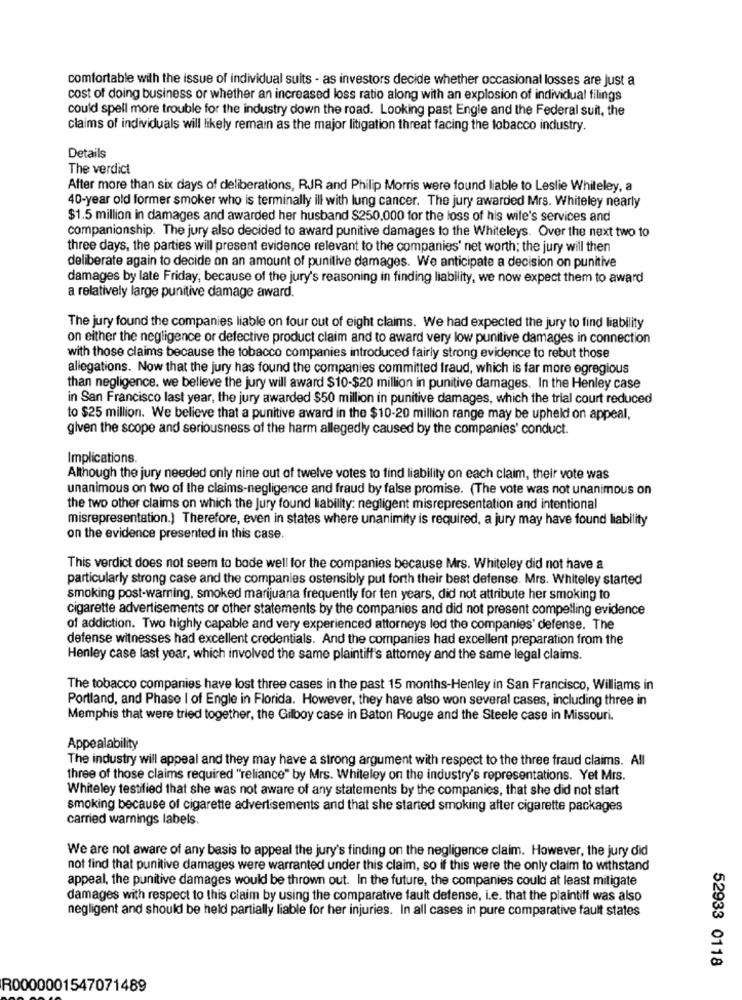
comfortable with the issue of individual suits - as investors decide whether occasional losses are just a
cost of doing business or whether an increased loss ratio along with an explosion of individual filings
could spell more trouble for the industry down the road. Looking past Engle and the Federal suit, the
claims of individuals will likely remain as the major litigation threat facing the tobacco industry.
Details
The verdict
After more than six days of deliberations, RJR and Philip Morris were found liable to Leslie Whiteley, a
40-year old former smoker who is terminally ill with lung cancer. The jury awarded Mrs. Whiteley nearly
$1.5 million in damages and awarded her husband $250.000 for the loss of his wife's services and
companionship. The jury also decided to award punitive damages to the Whiteleys. Over the next two to
three days, the parties will present evidence relevant to the companies' net worth; the jury will then
deliberate again to decide on an amount of punitive damages. We anticipate a decision on punitive
damages by late Friday; because of the jury's reasoning in finding liability, we now expect them to award
a relatively large punitive damage award.
The jury found the companies liable on four out of eight claims. We had expected the jury to find liability
on either the negligence or defective product claim and to award very low punitive damages in connection
with those claims because the tobacco companies introduced fairly strong evidence to rebut those
allegations. Now that the jury has found the companies committed fraud, which is far more egregious
than negligence, we believe the jury will award $10-$20 million in punitive damages. In the Henley case
in San Francisco last year, the jury awarded $50 million in punitive damages, which the trial court reduced
to $25 million. We believe that a punitive award in the $10-20 million range may be upheld on appeal,
given the scope and seriousness of the harm allegedly caused by the companies' conduct.
Implications.
Although the jury needed only nine out of twelve votes to find liability on each claim, their vote was
unanimous on two of the claims-negligence and fraud by false promise. (The vote was not unanimous on
the two other claims on which the Jury found liability: negligent misrepresentation and intentional
misrepresentation.) Therefore, even in states where unanimity is required, a jury may have found liability
on the evidence presented in this case.
This verdict does not seem to bode well for the companies because Mrs. Whiteley did not have a
particularly strong case and the companies ostensibly put forth their best defense. Mrs. Whiteley started
smoking post-warning, smoked marijuana frequently for ten years, did not attribute her smoking to
cigarette advertisements or other statements by the companies and did not present compelling evidence
of addiction. Two highly capable and very experienced attorneys led the companies' defense. The
defense witnesses had excellent credentials. And the companies had excellent preparation from the
Henley case last year, which involved the same plaintiff's attorney and the same legal claims.
The tobacco companies have lost three cases in the past 15 months-Henley in San Francisco, Williams in
Portland, and Phase I of Engle in Florida. However, they have also won several cases, including three in
Memphis that were tried together, the Gilboy case in Baton Rouge and the Steele case in Missouri.
Appealability
The industry will appeal and they may have a strong argument with respect to the three fraud claims. All
three of those claims required "reliance" by Mrs. Whiteley on the industry's representations. Yet Mrs.
Whiteley testified that she was not aware of any statements by the companies, that she did not start
smoking because of cigarette advertisements and that she started smoking after cigarette packages
carried warnings labels.
We are not aware of any basis to appeal the jury's finding on the negligence claim. However, the jury did
not find that punitive damages were warranted under this claim, so if this were the only claim to withstand
appeal, the punitive damages would be thrown out. In the future, the companies could at least mitigate
damages with respect to this claim by using the comparative fault defense, i.e. that the plaintiff was also
negligent and should be held partially liable for her injuries. In all cases in pure comparative fault states
52933 0118
R0000001547071489